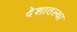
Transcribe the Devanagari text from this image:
देशातल्‍या